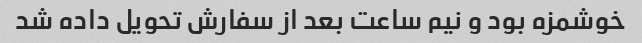
خوشمزه بود و نیم ساعت بعد از سفارش تحویل داده شد